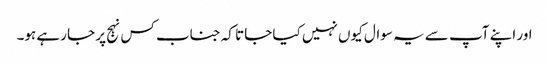
اور اپنے آپ سے یہ سوال کیوں نہیں کیا جاتا کہ جناب کس نہج پر جا رہے ہو۔